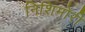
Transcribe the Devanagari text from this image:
निशिमोरी